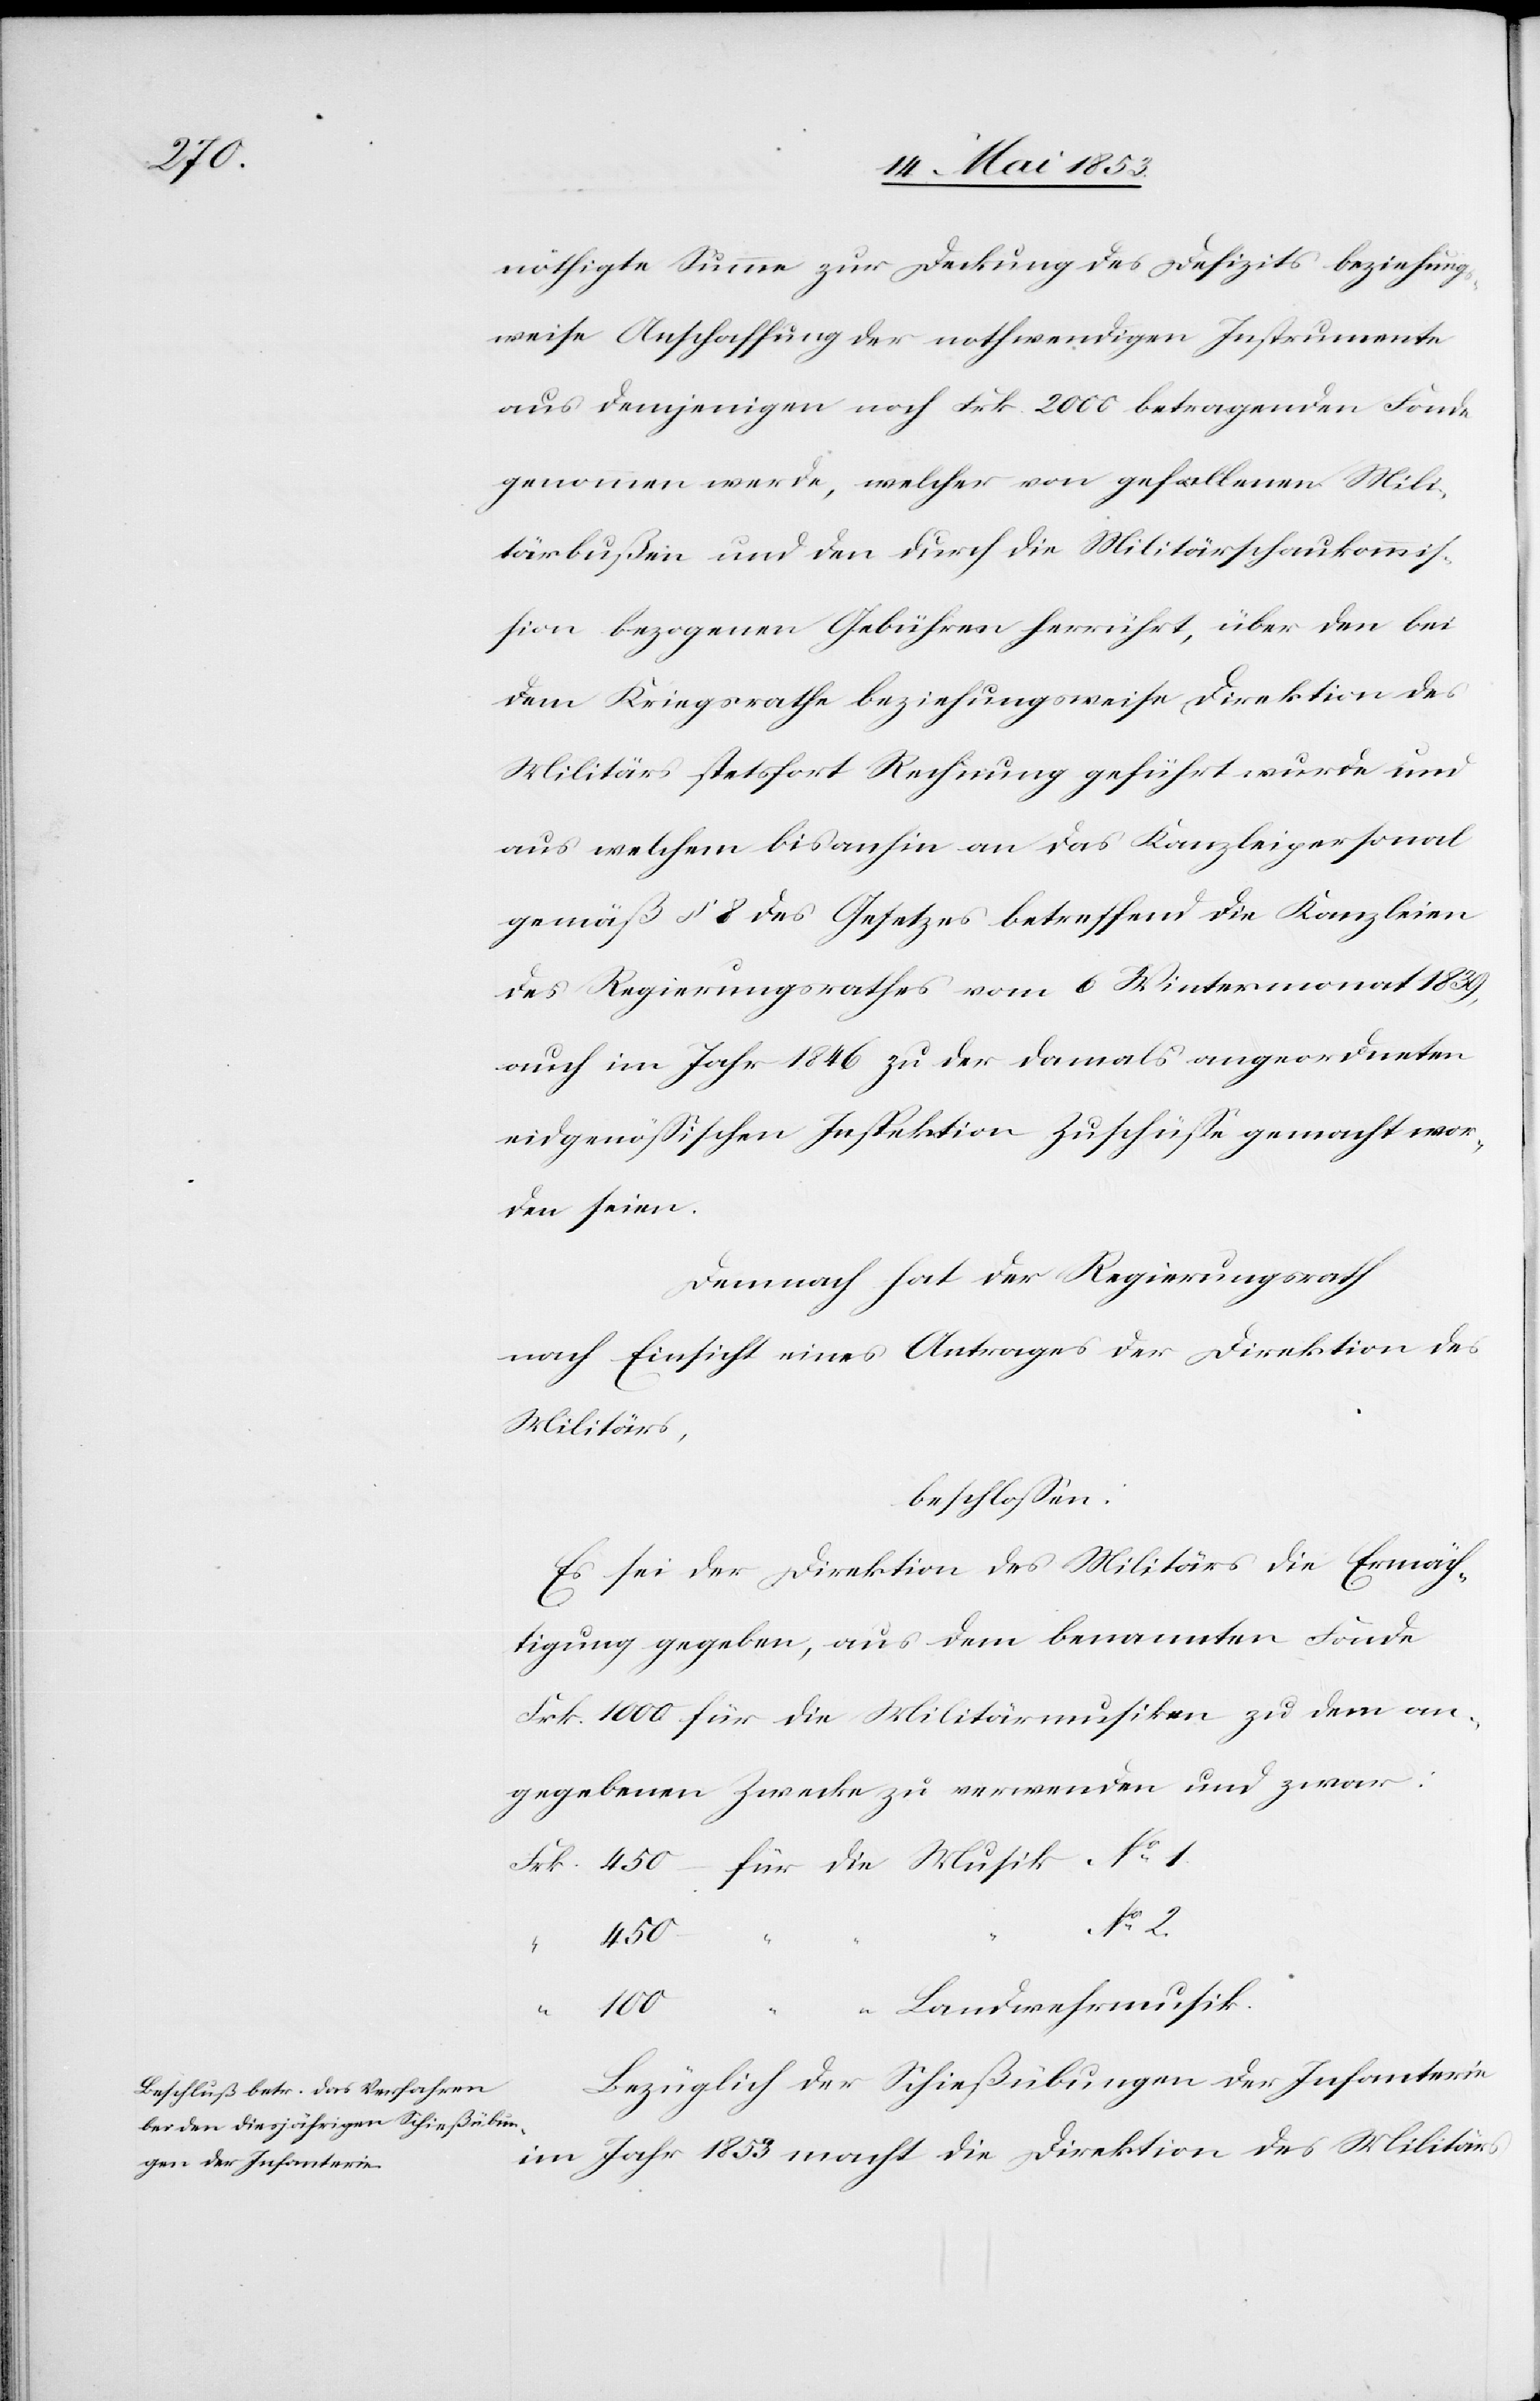
nöthigte Summe zur Deckung des Defizits beziehung¬
sweise Anschaffung der nothwendigen Instrumente
aus demjenigen noch Frk. 2000 betragenden Fonde
genommen werde, welcher von gefallenen Mili¬
tärbußen und den durch die Militärschaukommiß¬
ion bezogenen Gebühren herrührt, über den bei
dem Kriegsrathe beziehungsweise Direktion des
Militärs stetsfort Rechnung geführt wurde und
aus welchem bisanhin an das Kanzleipersonal
gemäß § 8 des Gesetzes betreffend die Kanzleien
des Regierungsrathes vom 6 Wintermonat 1839,
auch im Jahr 1846 zu der damals angeordneten
eidgenößischen Inspektion Zuschüße gemacht wor¬
den seien.
Demnach hat der Regierungsrath
nach Einsicht eines Antrages der Direktion des
Militärs,
beschloßen:
Es sei der Direktion des Militärs die Ermäch¬
tigung gegeben, aus dem benannten Fonde
Frk. 1000 für die Militärmusik zu dem an¬
gegebenen Zwecke zu verwenden und zwar:
Frk. 450 für die Musik N°. 1.
2.
Bezüglich der Schießübungen der Infanterie
im Jahr 1853 macht die Direktion des Militärs